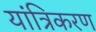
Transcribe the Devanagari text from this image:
यांत्रिकरण